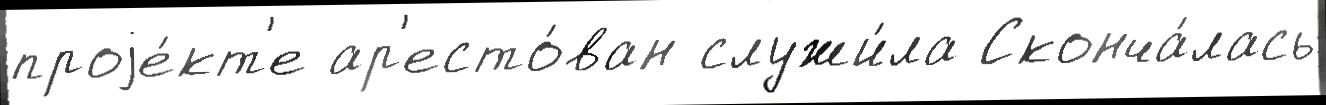
проjе́кт'е ар'есто́ван служи́ла Сконча́лась